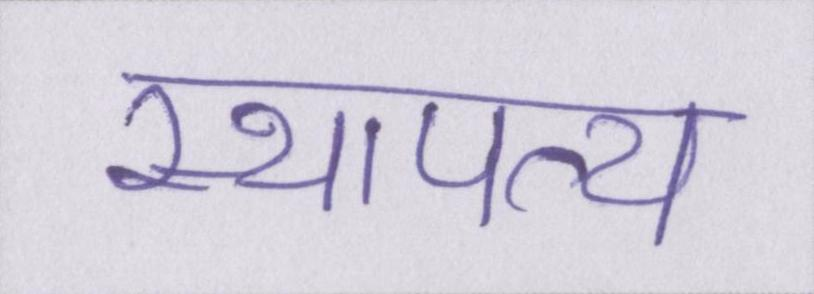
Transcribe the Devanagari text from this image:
स्थापत्य